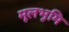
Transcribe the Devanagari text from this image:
मूलभूमि